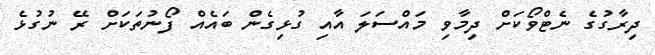
ދިރާގުގެ ނެޓްވޯކަށް ދިމާވި މައްސަލަ އާއި ގުޅިގެން ބައެއް ފޯނުތަކަށް ރޭ ނުގުޅެ